Annual report on the working of the mental hospitals in the Madras Presidency - 1912-1932
Year: 1912
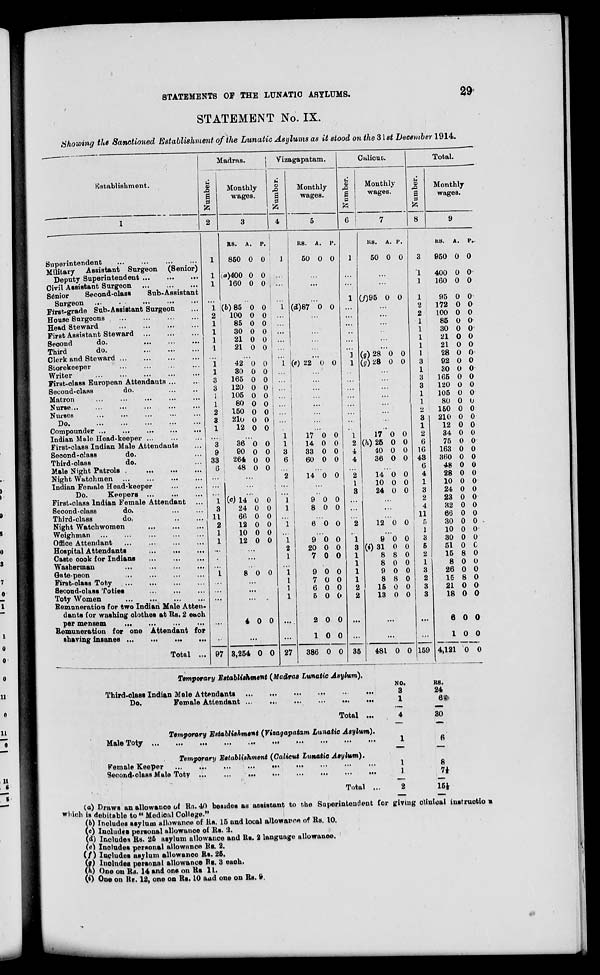
STATEMENTS OF THE LUNATIC ASYLUMS.
29
STATEMENT No. IX.
Showing the Sanctioned Establishment of the Lunatic Asylums as it stood on the 31st December 1914.
Establishment.
1
Superintendent
...
...
...
...
Military Assistant Surgeon (Senior)
Deputy Superintendent
...
...
...
Civil Assistant Surgeon
...
...
...
Senior
Second-class
Sub-Assistant
Surgeon ...
...
...
...
...
First-grade Sub-Assistant Surgeon ...
House Surgeons
...
...
...
...
Head Steward
...
...
...
...
First Assistant Steward ... ... ... ...
Second
do. ... ... ...
Third
do.
...
...
...
Clerk and Steward
...
...
...
...
Storekeeper
...
...
...
...
Writer
...
...
...
...
...
First-class European Attendants ... ...
Second-class
do. ... ...
Matron ... ... ... ... ...
Nurse
...
...
...
...
...
...
Nurses
...
...
...
...
...
Do.
...
...
...
...
...
Compounder
...
...
...
...
....
Indian Male Head-keeper ... ... ...
First-class Indian Male Attendants ...
Second-class
do. ...
Third-class
do. ...
Male Night Patrols
...
...
...
Night Watchmen
...
...
...
...
Indian Female Head-keeper ... ...
Do.
Keepers
...
...
...
First-class Indian Female Attendant ...
Second-class
do. ... ...
Third-class
do. ... ...
Night Watchwomen
...
...
...
Weighman ... ... ... ... ...
Office Attendant
...
...
...
...
Hospital Attendants
...
...
...
Caste cook for Indians
...
...
...
Washerman ... ... ... ...
Gate-peon ... ... ... ...
First-class Toty
...
...
...
Second-class Toties
...
...
...
...
Toty Women
...
...
...
...
Remuneration for two Indian Male Atten-
dants for washing clothes at Rs. 2 each
per mensem
...
...
...
...
Remuneration for one Attendant for
shaving insanes ... ... ... ...
Total ...
Madras.
Number.
2
1
1
1
...
1
2
1
1
1
1
...
1
1
3
3
1
1
2
3
1
...
3
9
33
6
...
...
...
1
3
11
2
1
1
...
...
...
1
...
...
...
...
...
97
Monthly
wages.
3
RS.
850
(a)400
160
A.
0
0
0
P.
0
0
0
...
(b)85
100
85
30
21
21
0
0
0
0
0
0
0
0
0
0
0
0
...
42
30
165
120
105
80
150
210
12
0
0
0
0
0
0
0
0
0
0
0
0
0
0
0
0
0
0
...
36
90
264
48
0
0
0
0
0
0
0
0
...
...
...
(c)14
24
66
12
10
12
0
0
0
0
0
0
0
0
0
0
0
0
...
...
...
8 0 0
...
...
...
4 0 0
...
3,254 0 0
Vizagapatam.
Number.
4
1
...
...
...
1
...
...
...
...
...
...
1
...
...
...
...
...
...
...
...
...
1
3
6
...
2
...
...
1
1
...
1
...
1
2
1
...
1
1
1
1
...
...
27
Monthly
wages.
5
RS.
50
A.
0
P.
0
...
...
...
(d)87 0 0
...
...
...
...
...
...
(e) 22 0 0
...
...
...
...
...
...
...
...
17
14
33
60
0
0
0
0
0
0
0
0
...
14 0 0
...
...
9
8
0
0
0
0
...
6 0 0
...
9
20
7
0
0
0
0
0
0
9
7
6
5
2
1
386
0
0
0
0
0
0
0
0
0
0
0
0
0
0
Calicut.
Number.
6
1
...
...
1
...
...
...
...
...
...
1
1
...
...
...
...
...
...
...
...
1
2
4
4
...
2
1
3
...
...
...
2
...
1
3
1
1
1
1
2
2
...
...
35
Monthly
wages.
7
RS.
50
A.
0
P.
0
...
...
(f)95 0 0
...
...
...
...
...
...
(g)28
(g)28
0
0
0
0
...
...
...
...
...
...
...
...
17
(h)25
40
36
0
0
0
0
0
0
0
0
...
14
10
24
0
0
0
0
0
0
...
...
...
12 0 0
...
9
(i)31
8
8
9
8
15
13
0
0
8
0
0
8
0
0
0
0
0
0
0
0
0
0
...
...
481 0 0
Total.
Number.
8
3
1
1
1
2
2
1
1
1
1
1
3
1
3
3
1
1
2
3
1
2
6
16
43
6
4
1
3
2
4
11
5
1
3
5
2
1
3
2
3
3
...
...
159
Monthly
wages.
9
RS.
950
400
160
95
172
100
85
30
21
21
28
92
30
165
120
105
80
150
210
12
34
75
163
360
48
28
10
24
23
32
66
30
10
30
51
15
8
26
15
21
18
6
1
4,121
A.
0
0
0
0
0
0
0
0
0
0
0
0
0
0
0
0
0
0
0
0
0
0
0
0
0
0
0
0
0
0
0
0
0
0
0
8
0
0
8
0
0
0
0
0
P.
0
0
0
0
0
0
0
0
0
0
0
0
0
0
0
0
0
0
0
0
0
0
0
0
0
0
0
0
0
0
0
0
0
0
0
0
0
0
0
0
0
0
0
0
Temporary Establishment (Madras Lunatic Asylum).
Third-class Indian Male Attendants
...
...
...
...
...
...
...
Do.
Female Attendant ... ... ... ... ... ... ... ... ...
Total ...
NO.
3
1
4
RS.
24
6
30
Temporary Establishment (Vizagapatam Lunatic Asylum).
Male Toty ... ... ... ... ... ... ... ... ... ... ... ... ...
1
6
Temporary Establishment (Calicut Lunatic Asylum).
Female Keeper
...
...
...
...
...
...
...
...
...
...
...
Second-class Male Toty ... ... ... ... ... ... ... ... ... ... ...
Total ...
1
1
2
8
7
15
(a) Draws an allowance of Rs. 40 besides as assistant to the Superintendent for giving clinical instructions
which is debitable to " Medical College."
(b) Includes asylum allowance of Rs. 15 and local allowance of Rs. 10.
(c) Includes personal allowance of Rs. 2.
(d) Includes Rs. 25 asylum allowance and Rs. 2 language allowance.
(e) Includes personal allowance Rs. 2.
(f) Includes asylum allowance Rs. 25.
(g) Includes personal allowance Rs. 3 each.
(h) One on Rs. 14 and one on Rs 11.
(i) One on Rs. 12, one on Rs. 10 and one on Rs. 9.